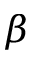
\boldsymbol { \beta }